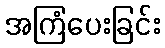
အကြံပေးခြင်း